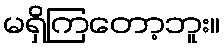
မရှိကြတော့ဘူး။